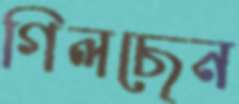
গিলছেন